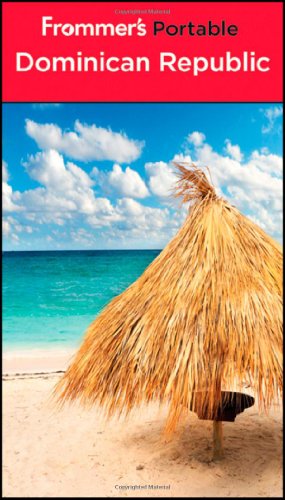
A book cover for Frommer's Portable Dominican Republic; Darwin Porter; Travel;